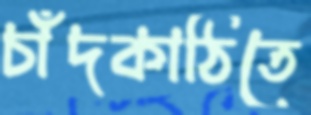
চাঁদকাঠিতে